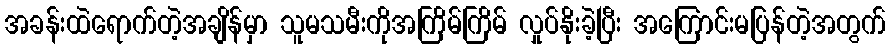
အခန်းထဲရောက်တဲ့အချိန်မှာ သူမသမီးကိုအကြိမ်ကြိမ် လှုပ်နိုးခဲ့ပြီး အကြောင်းမပြန်တဲ့အတွက်